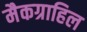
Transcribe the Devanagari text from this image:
मैकग्राहिल